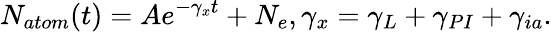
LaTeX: N_{atom}(t)=Ae^{-\gamma_{x}t}+N_{e},\gamma_{x}=\gamma_{L}+\gamma_{PI}+\gamma_{ia}.